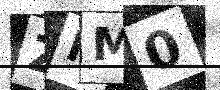
Text: ZIM0